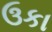
ઉકા